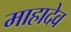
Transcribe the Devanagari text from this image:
माहादेव